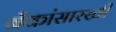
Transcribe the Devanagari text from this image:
बँकांसारखी